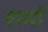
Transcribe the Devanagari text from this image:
शमॉ